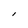
Character: l